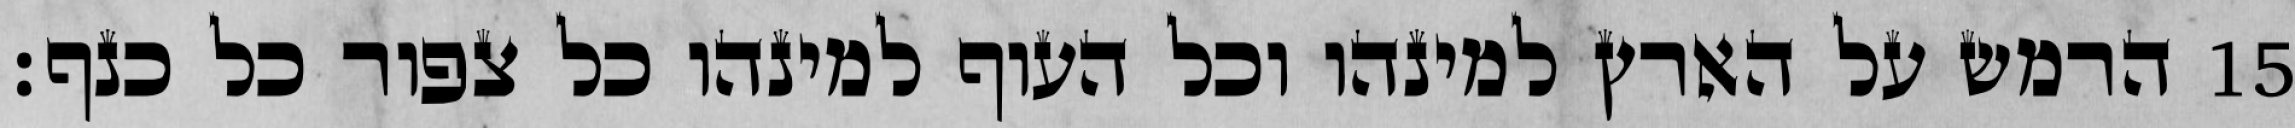
הרמש על הארץ למינהו וכל העוף למינהו כל צפור כל כנף׃ ‎15‏